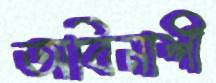
অবিনাশী